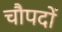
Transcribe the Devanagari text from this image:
चौपदों